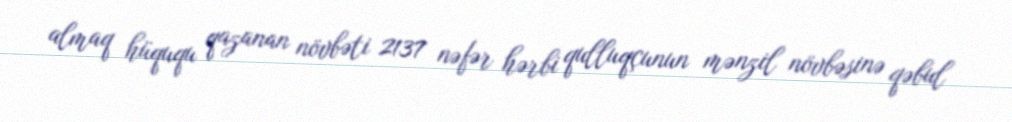
almaq hüququ qazanan növbəti 2137 nəfər hərbi qulluqçunun mənzil növbəsinə qəbul